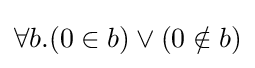
\forall b.(0\in b)\lor (0\notin b)